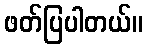
ဖတ်ပြပါတယ်။